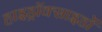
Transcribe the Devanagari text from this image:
हाइड्रॉक्साइडों